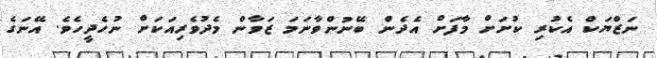
ނަޒްޔަކް އެކުރި ކުށަށް މާފަށް އެދެން ބޭނުންވާނަމަ ޒަވާން މެދުވެރިއަކަށް ނުހެދީހެވެ. އޭނަގެ